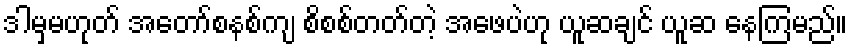
ဒါမှမဟုတ် အတော်စနစ်ကျ စိစစ်တတ်တဲ့ အဖေပဲဟု ယူဆချင် ယူဆ နေကြမည်။